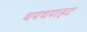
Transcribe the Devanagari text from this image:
थपथपाहट